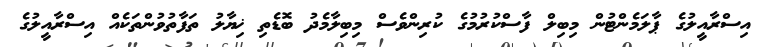
އިސްރާއީލުގެ ޕާލަމެންޓުން މިބިލް ފާސްކުރުމުގެ ކުރިންވެސް މިބިލާމެދު ބޮޑެތި ޚިޔާލު ތަފާތުވުންތަކެއް އިސްރާއީލުގެ